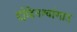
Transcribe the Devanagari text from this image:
ह्योहेनश्वांगाउ